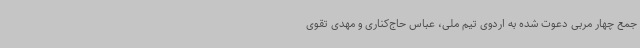
جمع چهار مربی دعوت شده به اردوی تیم ملی، عباس حاج‌کناری و مهدی تقوی